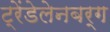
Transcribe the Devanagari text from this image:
ट्रेंडेलेनबर्ग